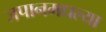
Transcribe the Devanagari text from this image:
जपानमधल्या